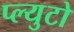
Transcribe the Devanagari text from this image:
प्ल्युटो